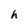
Character: h